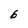
Character: 6